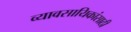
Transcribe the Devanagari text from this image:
व्यावसायिकांसाठी